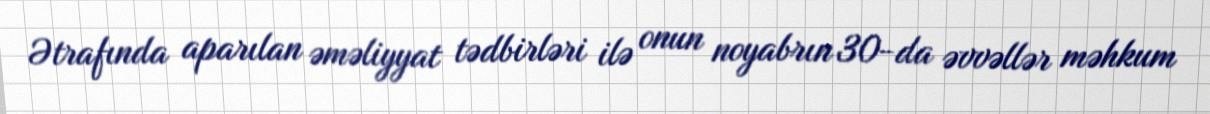
Ətrafında aparılan əməliyyat tədbirləri ilə onun noyabrın 30-da əvvəllər məhkum